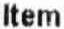
ITEM